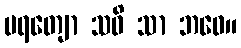
မရတျော သဓိ သာ ဘဝေ။